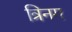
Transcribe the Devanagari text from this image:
त्रिनग